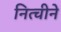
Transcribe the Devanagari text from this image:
नित्चीने